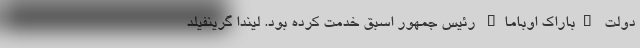
دولت "باراک اوباما" رئیس جمهور اسبق خدمت کرده بود. لیندا گرینفیلد